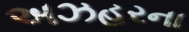
અઝહરના